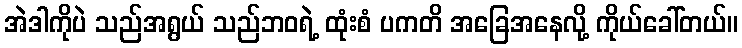
အဲဒါကိုပဲ သည်အရွယ် သည်ဘဝရဲ့ ထုံးစံ ပကတိ အခြေအနေလို့ ကိုယ်ခေါ်တယ်။